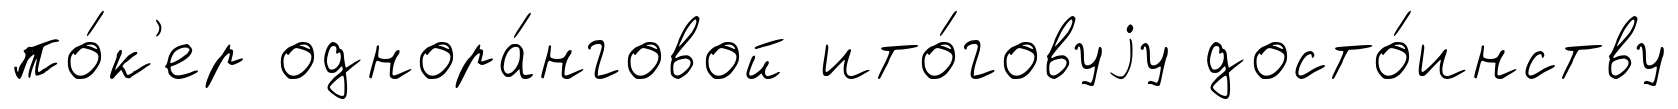
по́к'ер однора́нговой ито́говуjу досто́инству